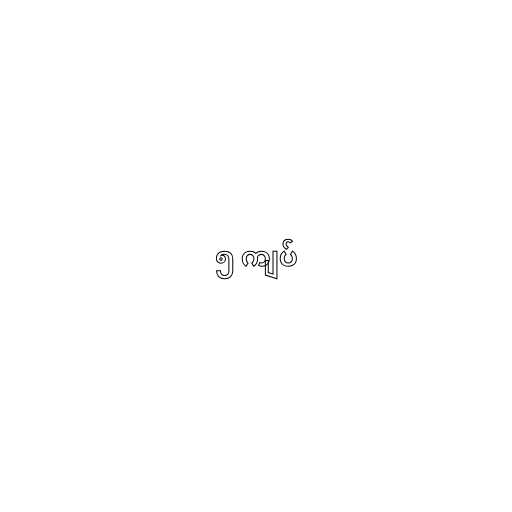
၅ ကျပ်